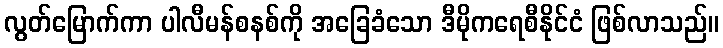
လွတ်မြောက်ကာ ပါလီမန်စနစ်ကို အခြေခံသော ဒီမိုကရေစီနိုင်ငံ ဖြစ်လာသည်။